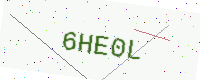
Text: 6HE0L